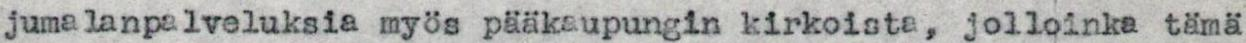
jumalanpalveluksia myös pääkaupungin kirkoista, jolloinka tämä